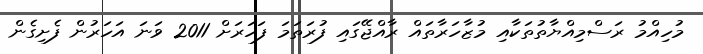
މުހިއްމު ރަސްމިއްޔާތުތަކާއި މުޒާހަރާތައް ރާއްޖޭގައި ފުރަތަމަ ފަހަރަށް 2011 ވަނަ އަހަރުން ފެށިގެން